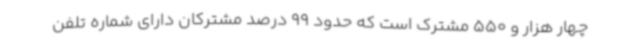
چهار هزار و 550 مشترک است که حدود 99 درصد مشترکان دارای شماره تلفن